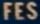
FES